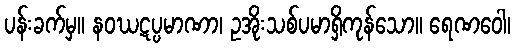
ပန်းခက်မှ။ နဝဃဋပ္ပမာဏာ၊ ဥအိုးသစ်ပမာရှိကုန်သော။ ရေဏဝေါ၊